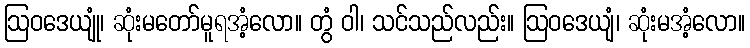
ဩဝဒေယျုံ၊ ဆုံးမတော်မူရအံ့လော။ တွံ ဝါ၊ သင်သည်လည်း။ ဩဝဒေယျံ၊ ဆုံးမအံ့လော။